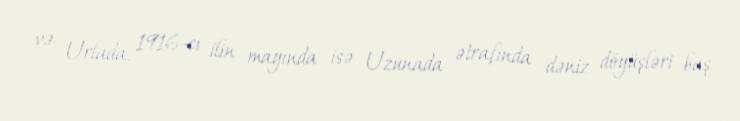
və Urlada, 1916-cı ilin mayında isə Uzunada ətrafında dəniz döyüşləri baş